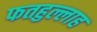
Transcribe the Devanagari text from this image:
फतहुल्लाह